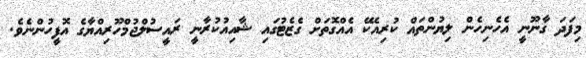
މިފަދަ ގާނޫނީ އެހެނިހެން ލިޔުންތައް ކުރިއެކޭ އެއްގޮތަށް ގެޒެޓުގައި ޝާއިއުކުރާނީ ރައީސުލްޖުމްހޫރިއްޔާގެ އޮފީހުންނެވެ.